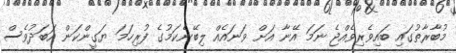
މުބާރާތުގައި ބައިވެރިވެއްޖެ ނަމަ އޭނާ އަށް ވަނައެއް ލިބޭނެކަމުގެ ފުރިހަމަ ޔަގީންކަން އަބަދުވެސް